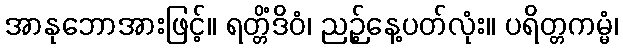
အာနုဘောအားဖြင့်။ ရတ္တိံဒိဝံ၊ ညဉ့်နေ့ပတ်လုံး။ ပရိတ္တကမ္မံ၊